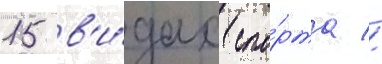
15 в'и́дах спо́рта //